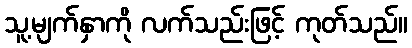
သူ့မျက်နှာကို လက်သည်းဖြင့် ကုတ်သည်။